NAE_EAOK_eestikeelsed_sunnimeetrikad, lk 21
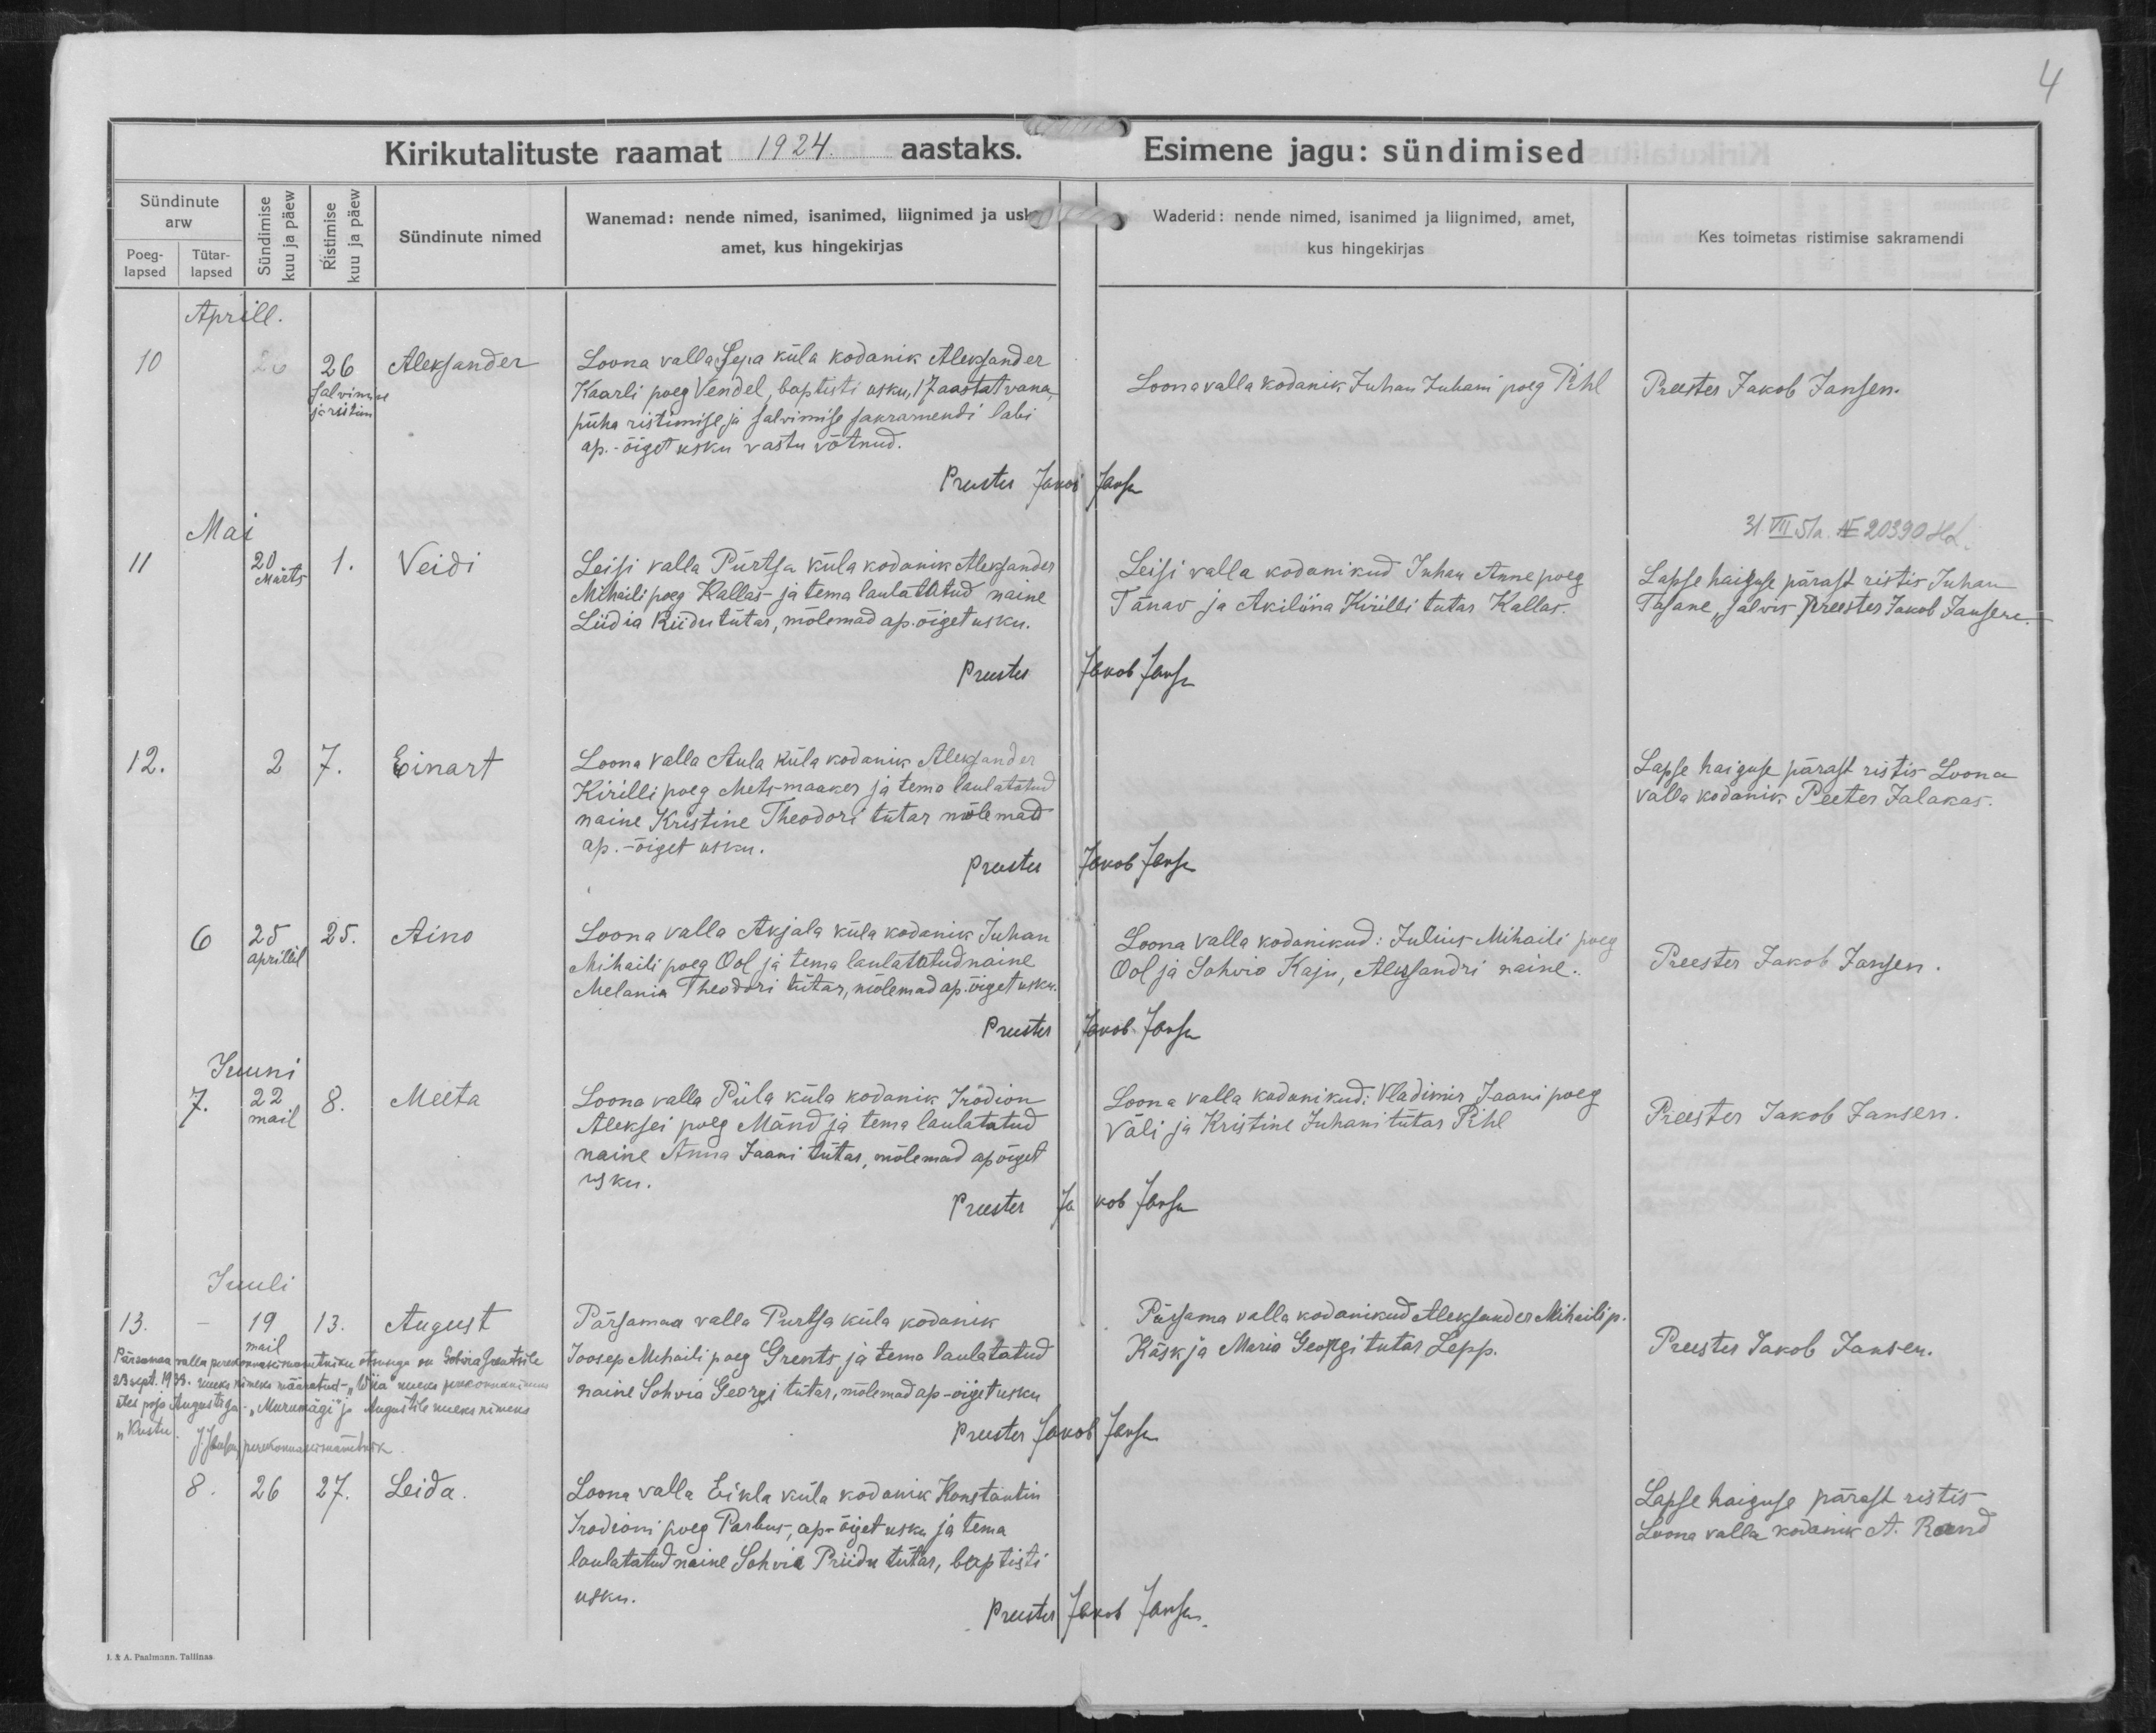
Aleksander

Veidi

Einart

Aino

Meeta

August

Leida

Loona valla Sepa küla kodanik Aleksander
Kaarli poeg Vendel, baptisti usku, 17 aastat vana,
püha ristimise ja salvimise sakramendi läbi
ap.-õiget usku vastu võtnud.

Leisi valla Pürtsa küla kodanik Aleksander
Mihaili poeg Kalla ja tema laulatatud naine
Liidia Riidu tütar, mõlemad ap. õiget usku.

Loona valla Aula küla kodanik Aleksander
Kirilli poeg Metsmaaker ja tema laulatatud
naine Kristine Theodori tütar, mõlemad
ap. - õiget usku.

Loona valla Akjala küla kodanik Juhan
Mihaili poeg Ool ja tema laulatatud naine
Melania Theodori tütar, mõlemad ap. õiget usku.

Loona valla Piila küla kodanik Irodion
Aleksei poeg Mänd ja tema laulatatud
naine Anna Jaani tütar, mõlemad ap õiget
usku.

Pärsama valla Purtsa küla kodanik
Joosep Mihaili poeg Grents ja tema laulatatud
naine Sohvia Georgi tütar, mõlemad ap-õiget usku.

Loona valla Eikla küla kodanik Konstantin
Irodioni poeg Parkus, ap-õiget usku ja tema
laulatatud naine Sohvia Priidu tütar, baptisti
usku.